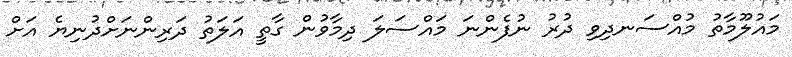
މައުލޫމާތު މުއްސަނދިވި ދުރު ނުފެންނަ މައްސަލަ ދިމާވުން ގާތީ އަލަތު ދަރިންނަށްދުނިޔެ އަށް